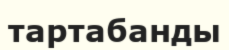
тартабанды